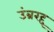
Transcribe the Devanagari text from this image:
उंब्ररद्द